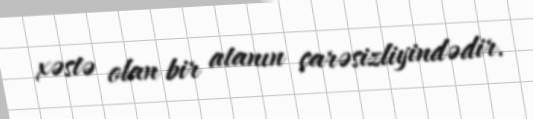
xəstə olan bir atanın çarəsizliyindədir.